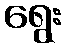
ရွေး